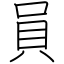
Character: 員